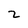
Character: 2